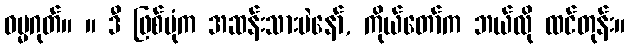
ဓမ္မဂုတ်။ ။ ဒီ ဖြစ်ပုံက အဆန်းသားပဲနော်, ကိုယ်တော်က ဘယ်လို ထင်တုန်း။